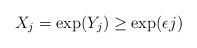
LaTeX: \begin{align*} X_j=\exp(Y_j)\geq \exp(\epsilon j) \end{align*}